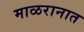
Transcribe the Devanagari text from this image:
माळरानात